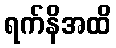
ရက်နိအထိ